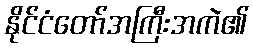
နိုင်ငံတော်အကြီးအကဲ၏